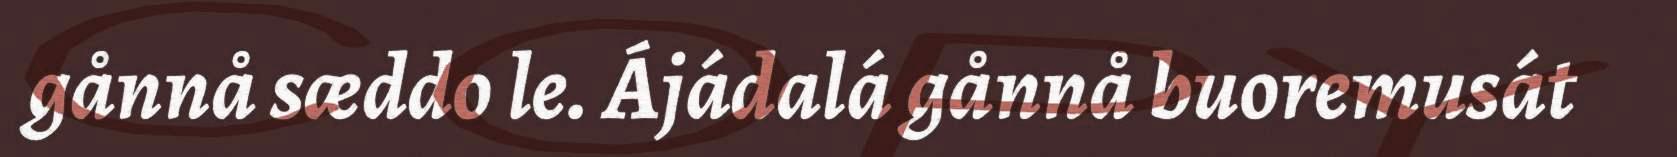
gånnå sæddo le. Ájádalá gånnå buoremusát